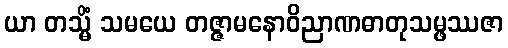
ယာ တသ္မိံ သမယေ တဇ္ဇာမနောဝိညာဏဓာတုသမ္ဖဿဇာ